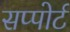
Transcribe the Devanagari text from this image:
सप्पोर्ट